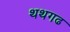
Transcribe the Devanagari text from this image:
थथगढ